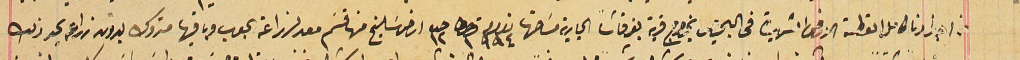
من اجدادنا كامل القطعة الارض الشهيرة فى البحيص بخراج قرية بقرقاشا الجارية مسَاحتها نمرو ٩٩٤ قيراط ١ حبه ١٢ ارض سَليخ منها قسَم معد لزراعة الحبوب وباقيها متروك بدون زراعه يحد ذلك